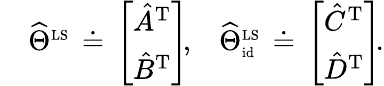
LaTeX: \begin{array}{rlr}&{\widehat{\Theta}^{\scriptscriptstyle\mathrm{LS}}\, \doteq\, \left[\begin{array}{l}{\hat{A}^{\mathrm{T}}}\\ {\hat{B}^{\mathrm{T}}}\end{array}\right]\! ,}&{\widehat{\Theta}_{\scriptscriptstyle\mathrm{id}}^{\scriptscriptstyle\mathrm{LS}}\, \doteq\, \left[\begin{array}{l}{\hat{C}^{\mathrm{T}}}\\ {\hat{D}^{\mathrm{T}}}\end{array}\right]\! .}\end{array}